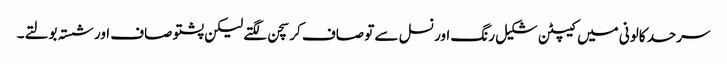
سرحد کالونی میں کیپٹن شکیل رنگ اور نسل سے تو صاف کرسچن لگتے لیکن پشتو صاف اور شستہ بولتے۔